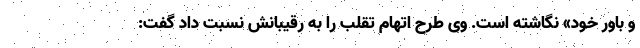
و باور خود» نگاشته است. وی طرح اتهام تقلب را به رقیبانش نسبت داد گفت: